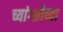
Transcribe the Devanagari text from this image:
च्यांग्शीच्या